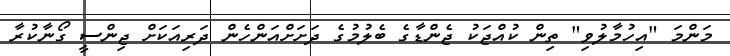
މަންމަ "އިހުމާލުވި" ތިން ކުއްޖަކު ޖެންޑާގެ ބެލުމުގެ ދަށަށްއަންހެން ދަރިއަކަށް ޖިންސީ ގޯނާކުރާ